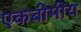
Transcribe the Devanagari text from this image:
एकबीमीय